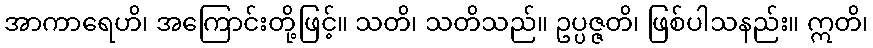
အာကာရေဟိ၊ အကြောင်းတို့ဖြင့်။ သတိ၊ သတိသည်။ ဥပ္ပဇ္ဇတိ၊ ဖြစ်ပါသနည်း။ ဣတိ၊